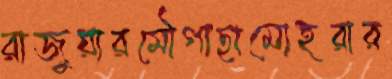
রাজুয়ারমৌগাছামোহরার